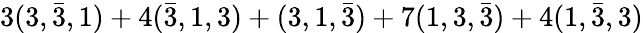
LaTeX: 3(3,\bar{3},1)+4(\bar{3},1,3)+(3,1,\bar{3})+7(1,3,\bar{3})+4(1,\bar{3},3)